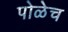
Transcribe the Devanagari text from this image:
पोळेच